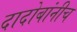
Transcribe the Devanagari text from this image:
दादोबांनीच